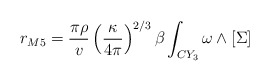
\begin{align*}r_{M5} = \frac{\pi\rho}{v}\left(\frac{\kappa}{4\pi}\right)^{2/3} \beta \int_{CY_3} \omega \wedge [\Sigma ]\end{align*}